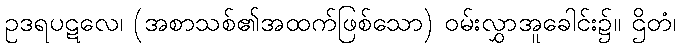
ဥဒရပဋလေ၊ (အစာသစ်၏အထက်ဖြစ်သော) ဝမ်းလွှာအူခေါင်း၌။ ဌိတံ၊